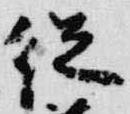
従